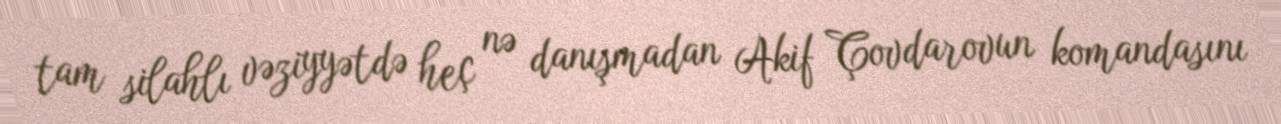
tam silahlı vəziyyətdə heç nə danışmadan Akif Çovdarovun komandasını